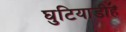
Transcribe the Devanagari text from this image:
घुटियाडीह